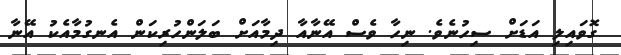
ގޮވައިލި އަޑަށް ސިހުނެވެ. ނިހާ ވެސް އޭނާއާ ދިމާއަށް ބަލަންހުރިކަން އެނގުމާއެކު އޭނާ